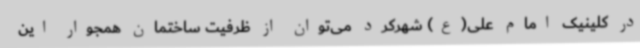
در کلینیک امام علی(ع) شهرکرد می‌توان از ظرفیت ساختمان همجوار این